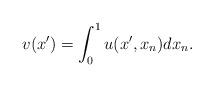
LaTeX: \begin{align*}v(x')=\int_0^1 u(x',x_n)dx_n.\end{align*}